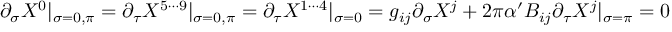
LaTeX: \partial _ { \sigma } X ^ { 0 } | _ { \sigma = 0 , \pi } = \partial _ { \tau } X ^ { 5 \cdots 9 } | _ { \sigma = 0 , \pi } = \partial _ { \tau } X ^ { 1 \cdots 4 } | _ { \sigma = 0 } = g _ { i j } \partial _ { \sigma } X ^ { j } + 2 \pi \alpha ^ { \prime } B _ { i j } \partial _ { \tau } X ^ { j } | _ { \sigma = \pi } = 0